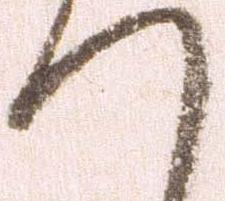
へ